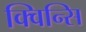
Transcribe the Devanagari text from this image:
क्विन्सि